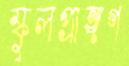
স্কুলপ্রাঙ্গণ